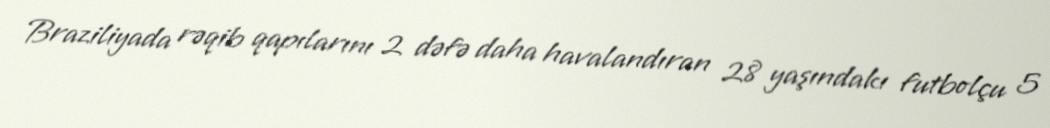
Braziliyada rəqib qapılarını 2 dəfə daha havalandıran 28 yaşındakı futbolçu 5